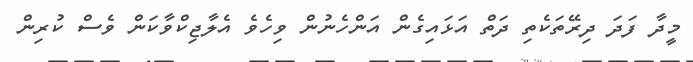
މީދާ ފަދަ ދިރޭތަކެތި ދަތް އަޅައިގެން އަންހެނުން ވިހެވެ އެލާޖިކްވާކަން ވެސް ކުރިން